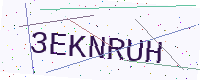
Text: 3EKNRUH